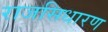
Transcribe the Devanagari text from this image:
राजसिधारण